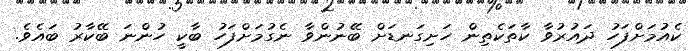
ކެއުމަށްފަހު ދައުރުވާ ކާތަކެތިން ހަށިގަނޑަށް ބޭނުންވާ ނެގުމަށްފަހު ބާކީ ހުންނަ ބޭކާރު ބައެވެ.